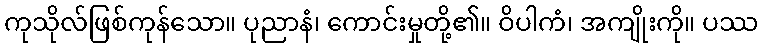
ကုသိုလ်ဖြစ်ကုန်သော။ ပုညာနံ၊ ကောင်းမှုတို့၏။ ဝိပါကံ၊ အကျိုးကို။ ပဿ